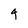
Character: 4